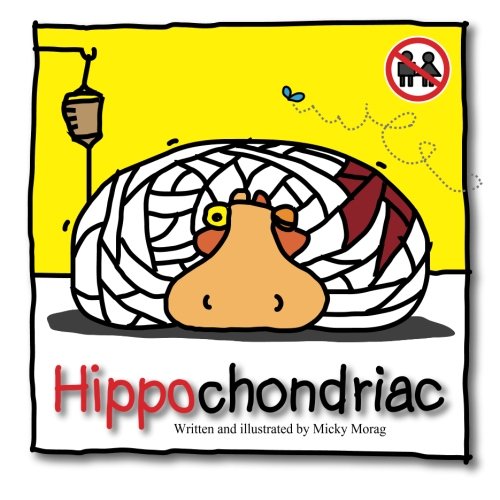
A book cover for Hippochondriac; Micky Morag; Humor & Entertainment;